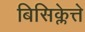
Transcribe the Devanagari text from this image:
बिसिक्लेत्ते